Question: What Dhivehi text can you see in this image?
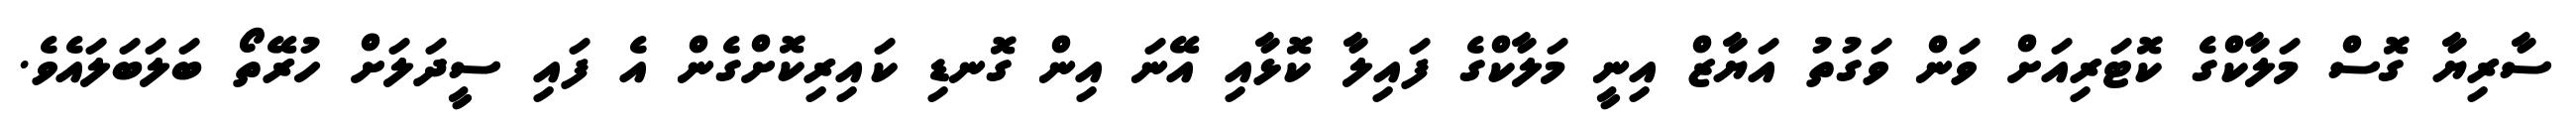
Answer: ސާރިޔާ ގޮސް މަލާކްގެ ކޮޓަރިއަށް ވަން ވަގުތު އަޔާޒް އިނީ މަލާކްގެ ފައިލާ ކޮޅާއި އޭނަ އިން ގޮނޑި ކައިރިކޮށްގެން އެ ފައި ސީދަލަށް ހުރޭތޯ ބަލަބަލައެވެ.